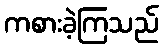
ကစားခဲ့ကြသည်